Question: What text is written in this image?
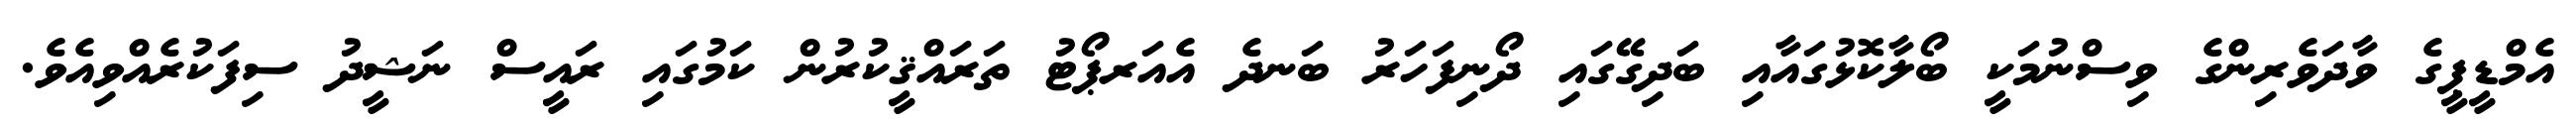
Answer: އެމްޑީޕީގެ ވާދަވެރިންގެ ވިސްނުމަކީ ބޯލާކޮޅުގައާއި ބަދިގޭގައި ދޯނިފަހަރު ބަނދެ އެއަރޕޯޓު ތަރައްޤީކުރުން ކަމުގައި ރައީސް ނަޝީދު ސިފަކުރެއްވިއެވެ.